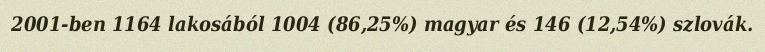
2001-ben 1164 lakosából 1004 (86,25%) magyar és 146 (12,54%) szlovák.